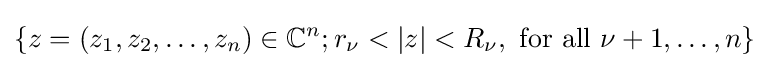
\left\{z=(z_{1},z_{2},\dots ,z_{n})\in \mathbb {C} ^{n};r_{\nu }<|z|<R_{\nu },{\text{ for all }}\nu +1,\dots ,n\right\}